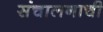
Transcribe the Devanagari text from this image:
संचालनाची